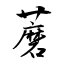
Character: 蘑